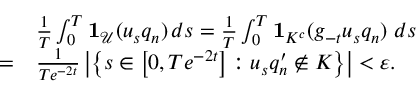
\begin{array} { r l } & { \frac { 1 } { T } \int _ { 0 } ^ { T } \mathbf { 1 } _ { \mathcal { U } } ( u _ { s } q _ { n } ) \, d s = \frac { 1 } { T } \int _ { 0 } ^ { T } \mathbf { 1 } _ { K ^ { c } } ( g _ { - t } u _ { s } q _ { n } ) \ d s } \\ { = } & { \frac { 1 } { T e ^ { - 2 t } } \left| \left\{ s \in \left[ 0 , T e ^ { - 2 t } \right] : u _ { s } q _ { n } ^ { \prime } \notin K \right\} \right| < \varepsilon . } \end{array}